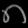
Digit: ၈